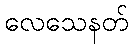
လေသေနတ်